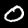
Label: 0